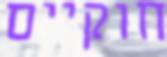
חוקיים